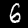
Label: 6